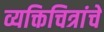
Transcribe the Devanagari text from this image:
व्यक्तिचित्रांचे